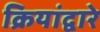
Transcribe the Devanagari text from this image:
क्रियांद्वारे